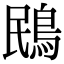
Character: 鴖